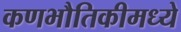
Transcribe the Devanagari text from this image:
कणभौतिकीमध्ये